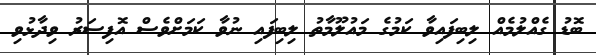
ބޮޑު ގެއްލުމެއް ލިބިފައިވާ ކަމުގެ މައުލޫމާތު ލިބިފައި ނުވާ ކަމަށްވެސް އޮފިސަރު ވިދާޅުވި